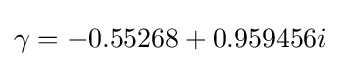
\gamma =-0.55268+0.959456i